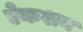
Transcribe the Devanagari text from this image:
ऐकशन